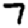
Digit: 7